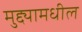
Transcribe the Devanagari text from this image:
मुद्द्यामधील